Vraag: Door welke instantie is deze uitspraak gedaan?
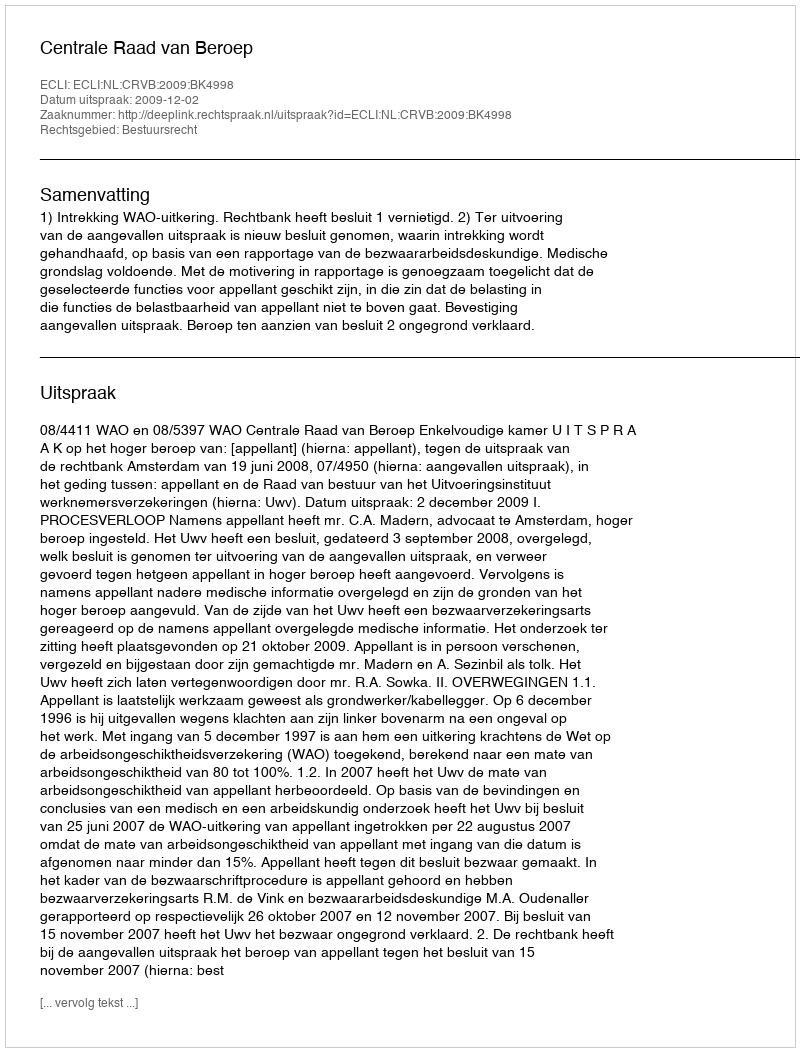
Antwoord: Centrale Raad van Beroep